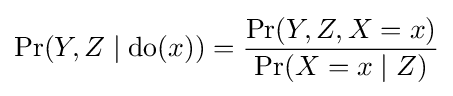
\Pr(Y,Z\mid {\text{do}}(x))={\frac {\Pr(Y,Z,X=x)}{\Pr(X=x\mid Z)}}